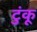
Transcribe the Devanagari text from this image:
टुंकू